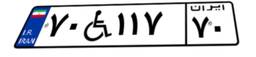
۷۰W۱۱۷۷۰